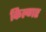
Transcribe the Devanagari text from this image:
किल्‍गर